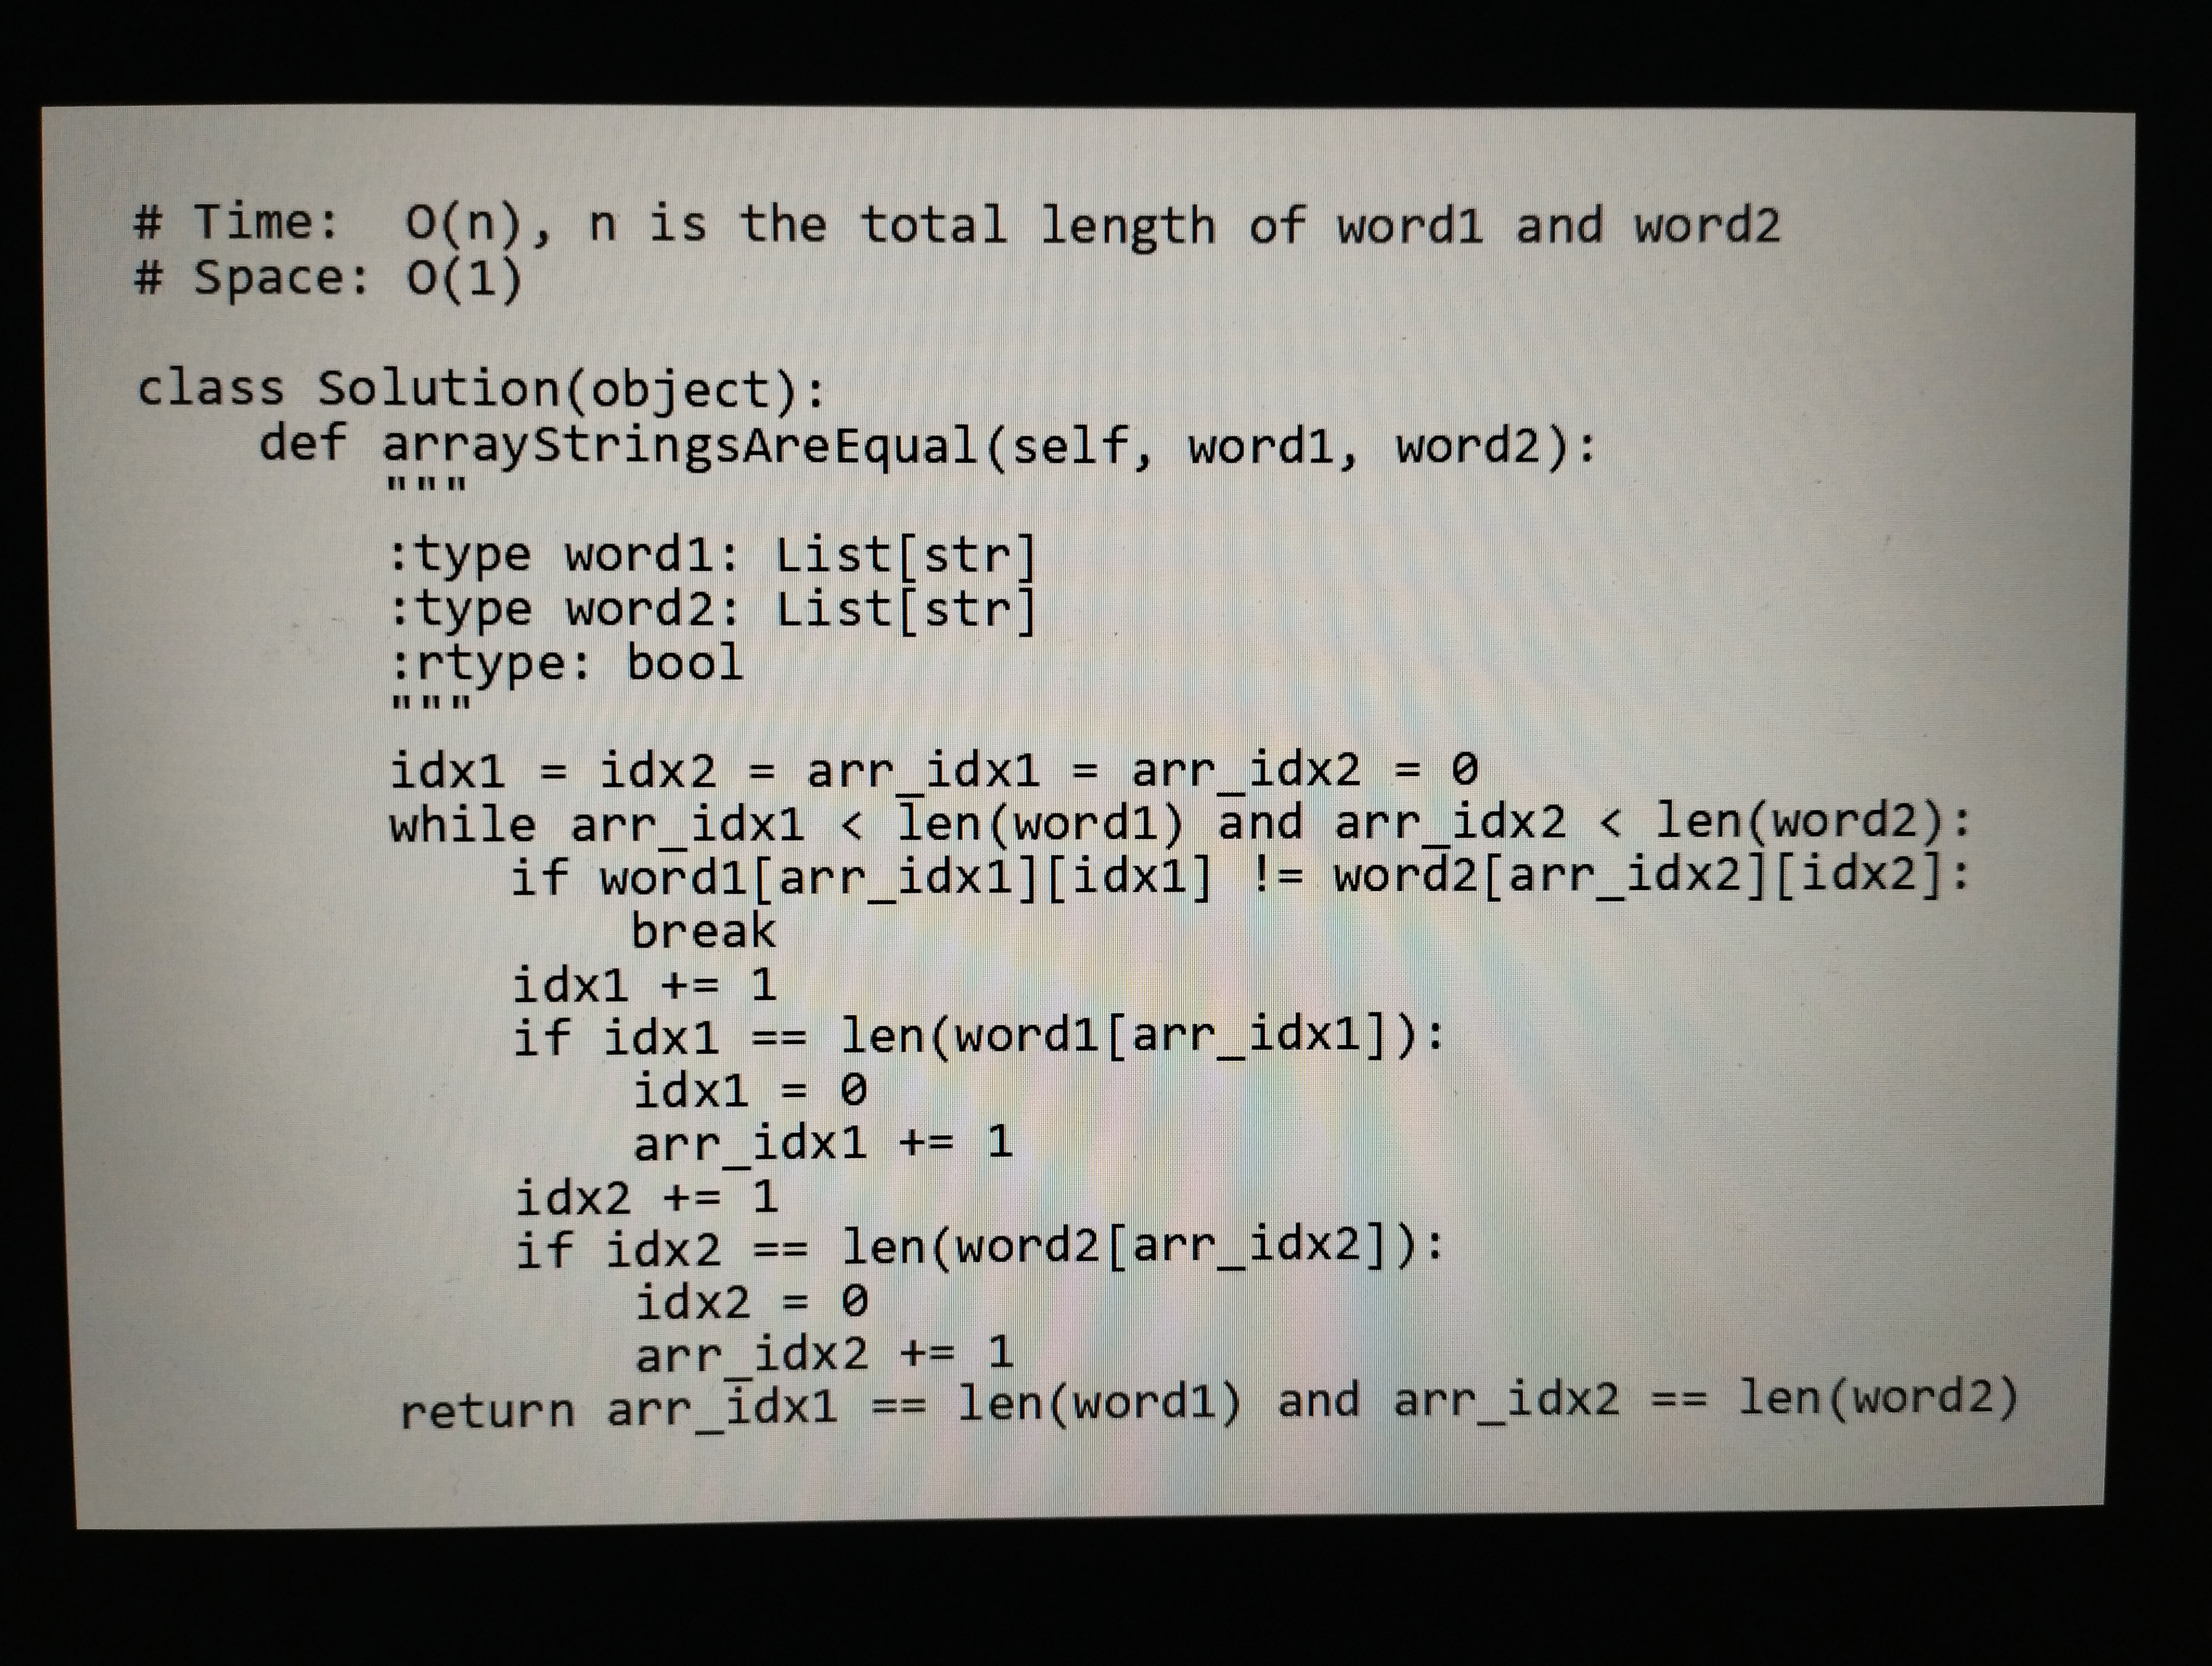
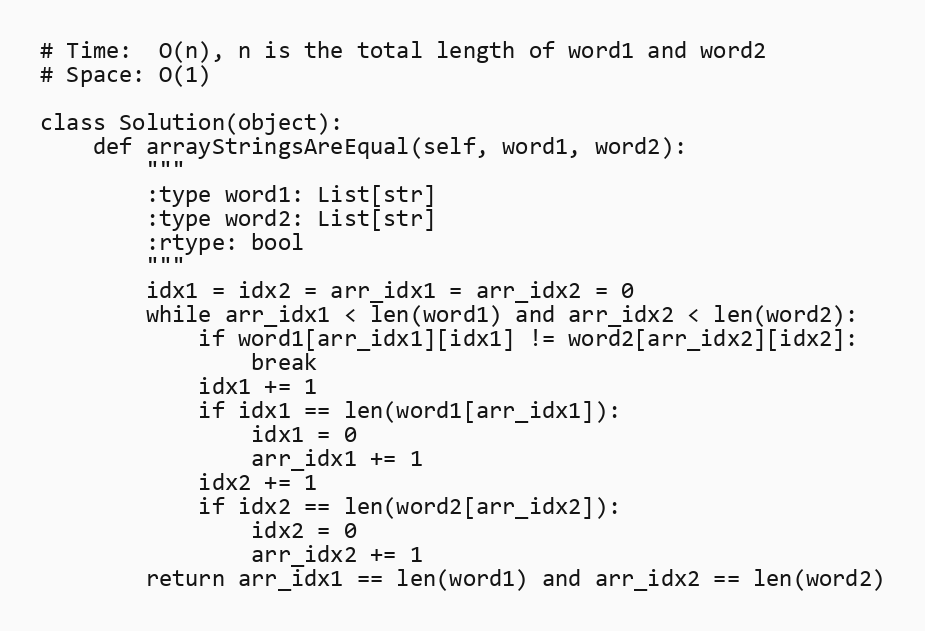
# Time:  O(n), n is the total length of word1 and word2
# Space: O(1)

class Solution(object):
    def arrayStringsAreEqual(self, word1, word2):
        """
        :type word1: List[str]
        :type word2: List[str]
        :rtype: bool
        """
        idx1 = idx2 = arr_idx1 = arr_idx2 = 0
        while arr_idx1 < len(word1) and arr_idx2 < len(word2):
            if word1[arr_idx1][idx1] != word2[arr_idx2][idx2]:
                break
            idx1 += 1
            if idx1 == len(word1[arr_idx1]):
                idx1 = 0
                arr_idx1 += 1
            idx2 += 1
            if idx2 == len(word2[arr_idx2]):
                idx2 = 0
                arr_idx2 += 1
        return arr_idx1 == len(word1) and arr_idx2 == len(word2)